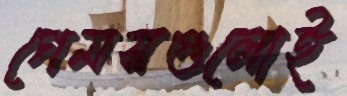
গেমসগুলোই